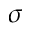
\sigma